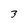
Character: 3